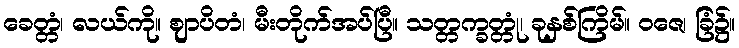
ခေတ္တံ၊ လယ်ကို။ ဈာပိတံ၊ မီးတိုက်အပ်ပြီ။ သတ္တက္ခတ္တုံ၊ ခုနှစ်ကြိမ်။ ဝဇေ၊ ခြံ၌။